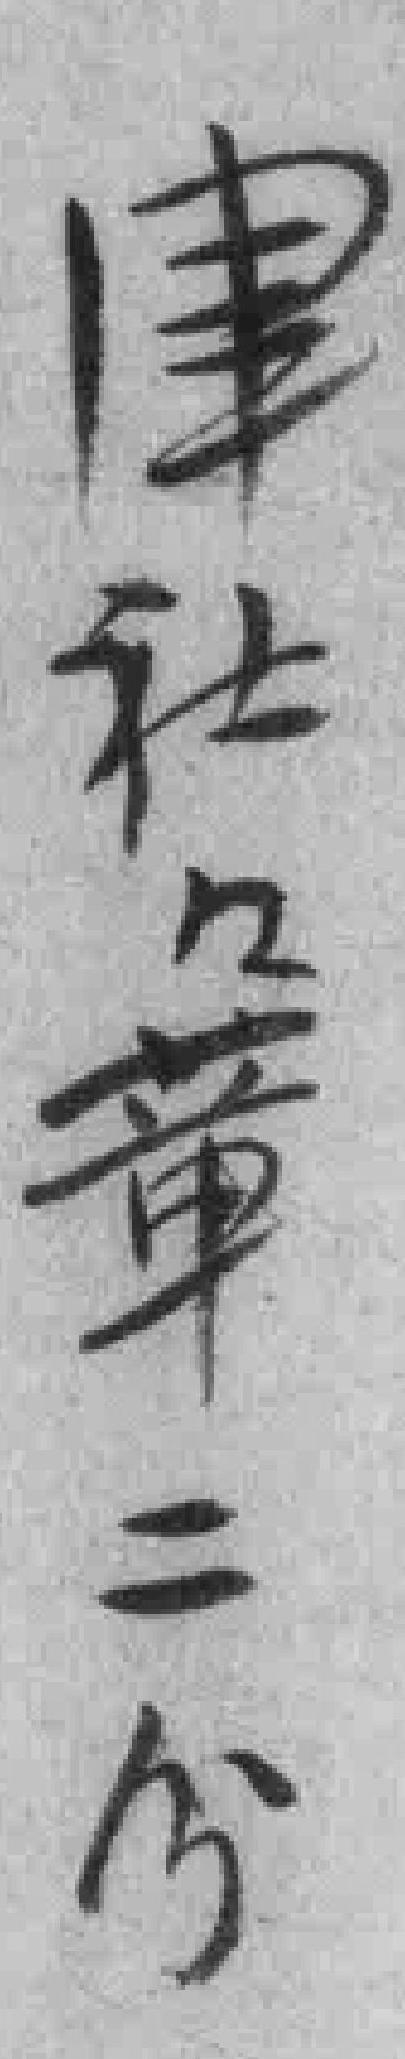
津社社章二分